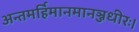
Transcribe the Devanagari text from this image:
अन्तमर्हिमानमानञ्जधीरः।